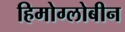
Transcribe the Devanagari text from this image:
हिमोग्लोबीन